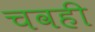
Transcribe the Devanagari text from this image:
चवही